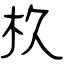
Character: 杦